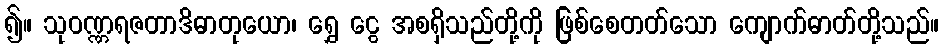
၍။ သုဝဏ္ဏရဇတာဒိဓာတုယော၊ ရွှေ ငွေ အစရှိသည်တို့ကို ဖြစ်စေတတ်သော ကျောက်ဓာတ်တို့သည်။